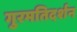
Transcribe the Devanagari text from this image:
गुरमतिदर्शन